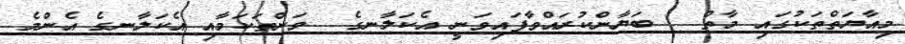
މިއާޔަތްތަކުގައި މާތް   ބަޔާންކުރައްވާފައިވަނީ އެކަލާނގެ  ވަންތަކަމާއި އެކަލާނގެ އެންމެ